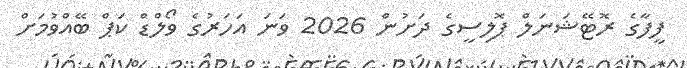
ފީފާގެ ރޮޓޭޝަނަލް ޕޮލިސީގެ ދަށުން 2026 ވަނަ އަހަރުގެ ވޯލްޑް ކަޕް ބޭއްވުމަށް